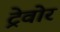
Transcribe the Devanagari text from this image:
ट्रेवोर